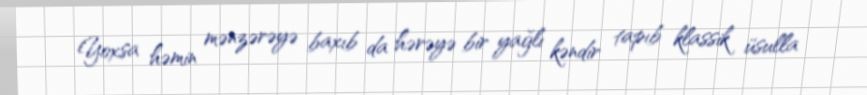
Yoxsa həmin mənzərəyə baxıb da hərəyə bir yağlı kəndir tapıb klassik üsulla